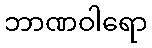
ဘာဏဝါရော